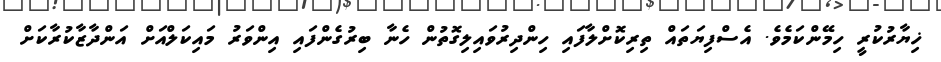
ޚިޔާރުކުރީ ހިމޭންކަމެވެ. އެސްފިޔަތައް ތިރިކޮށްލާފައި ހިންދިރުވައިލިގޮތުން ހެނާ ބިރުގެންފައި އިންވަރު މައިކަލްއަށް އަންދާޒާކުރާކަށް